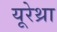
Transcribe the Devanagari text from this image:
यूरेथ्रा